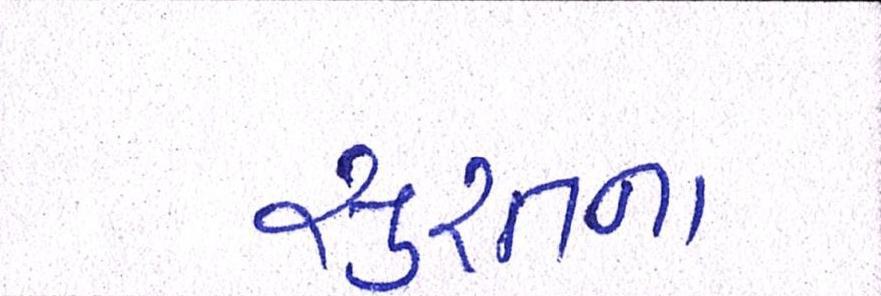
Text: સુરતના